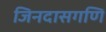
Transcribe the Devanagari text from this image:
जिनदासगणि